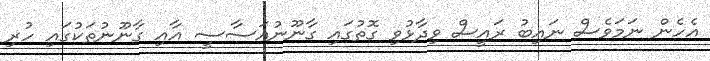
އެހެން ނަމަވެސް ނައިބު ރައީސް ވިދާޅުވި ގޮތުގައި ގާނޫނުއަސާސީ އާއި ގާނޫނުތަކުގައި ހުރި